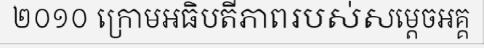
២០១០ ក្រោមអធិបតីភាពរបស់សម្តេចអគ្គ